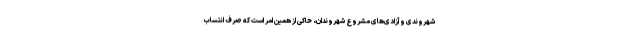
شهروندی و آزادی‌های مشروع شهروندان، حاکی از همین امر است که صرف انتساب